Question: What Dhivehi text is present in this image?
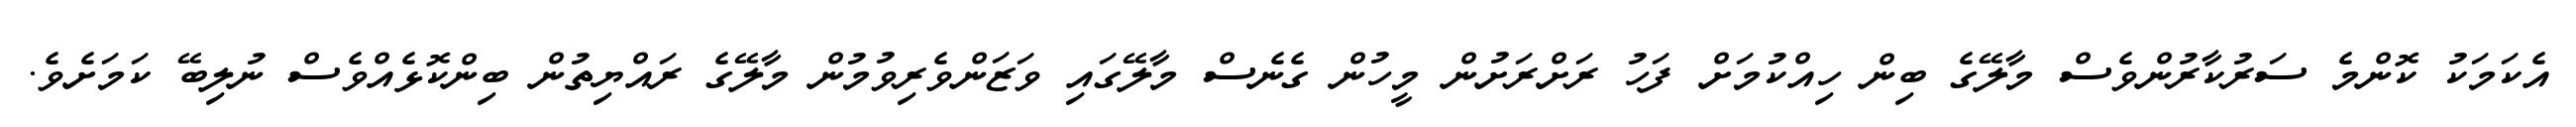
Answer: އެކަމަކު ކޮންމެ ސަރުކާރުންވެސް މާލޭގެ ބިން ހިއްކުމަށް ފަހު ރަށްރަށުން މީހުން ގެނެސް މާލޭގައި ވަޒަންވެރިވުމުން މާލޭގެ ރައްޔިތުން ބިންކޮޅެއްވެސް ނުލިބޭ ކަމަށެވެ.